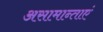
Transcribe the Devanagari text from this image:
असामान्ताएं